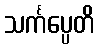
သင်္ကပ္ပေတိ